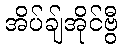
အိပ်ချ်အိုင်ဗွီ